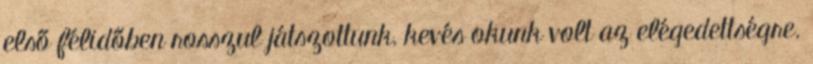
első félidőben rosszul játszottunk, kevés okunk volt az elégedettségre.